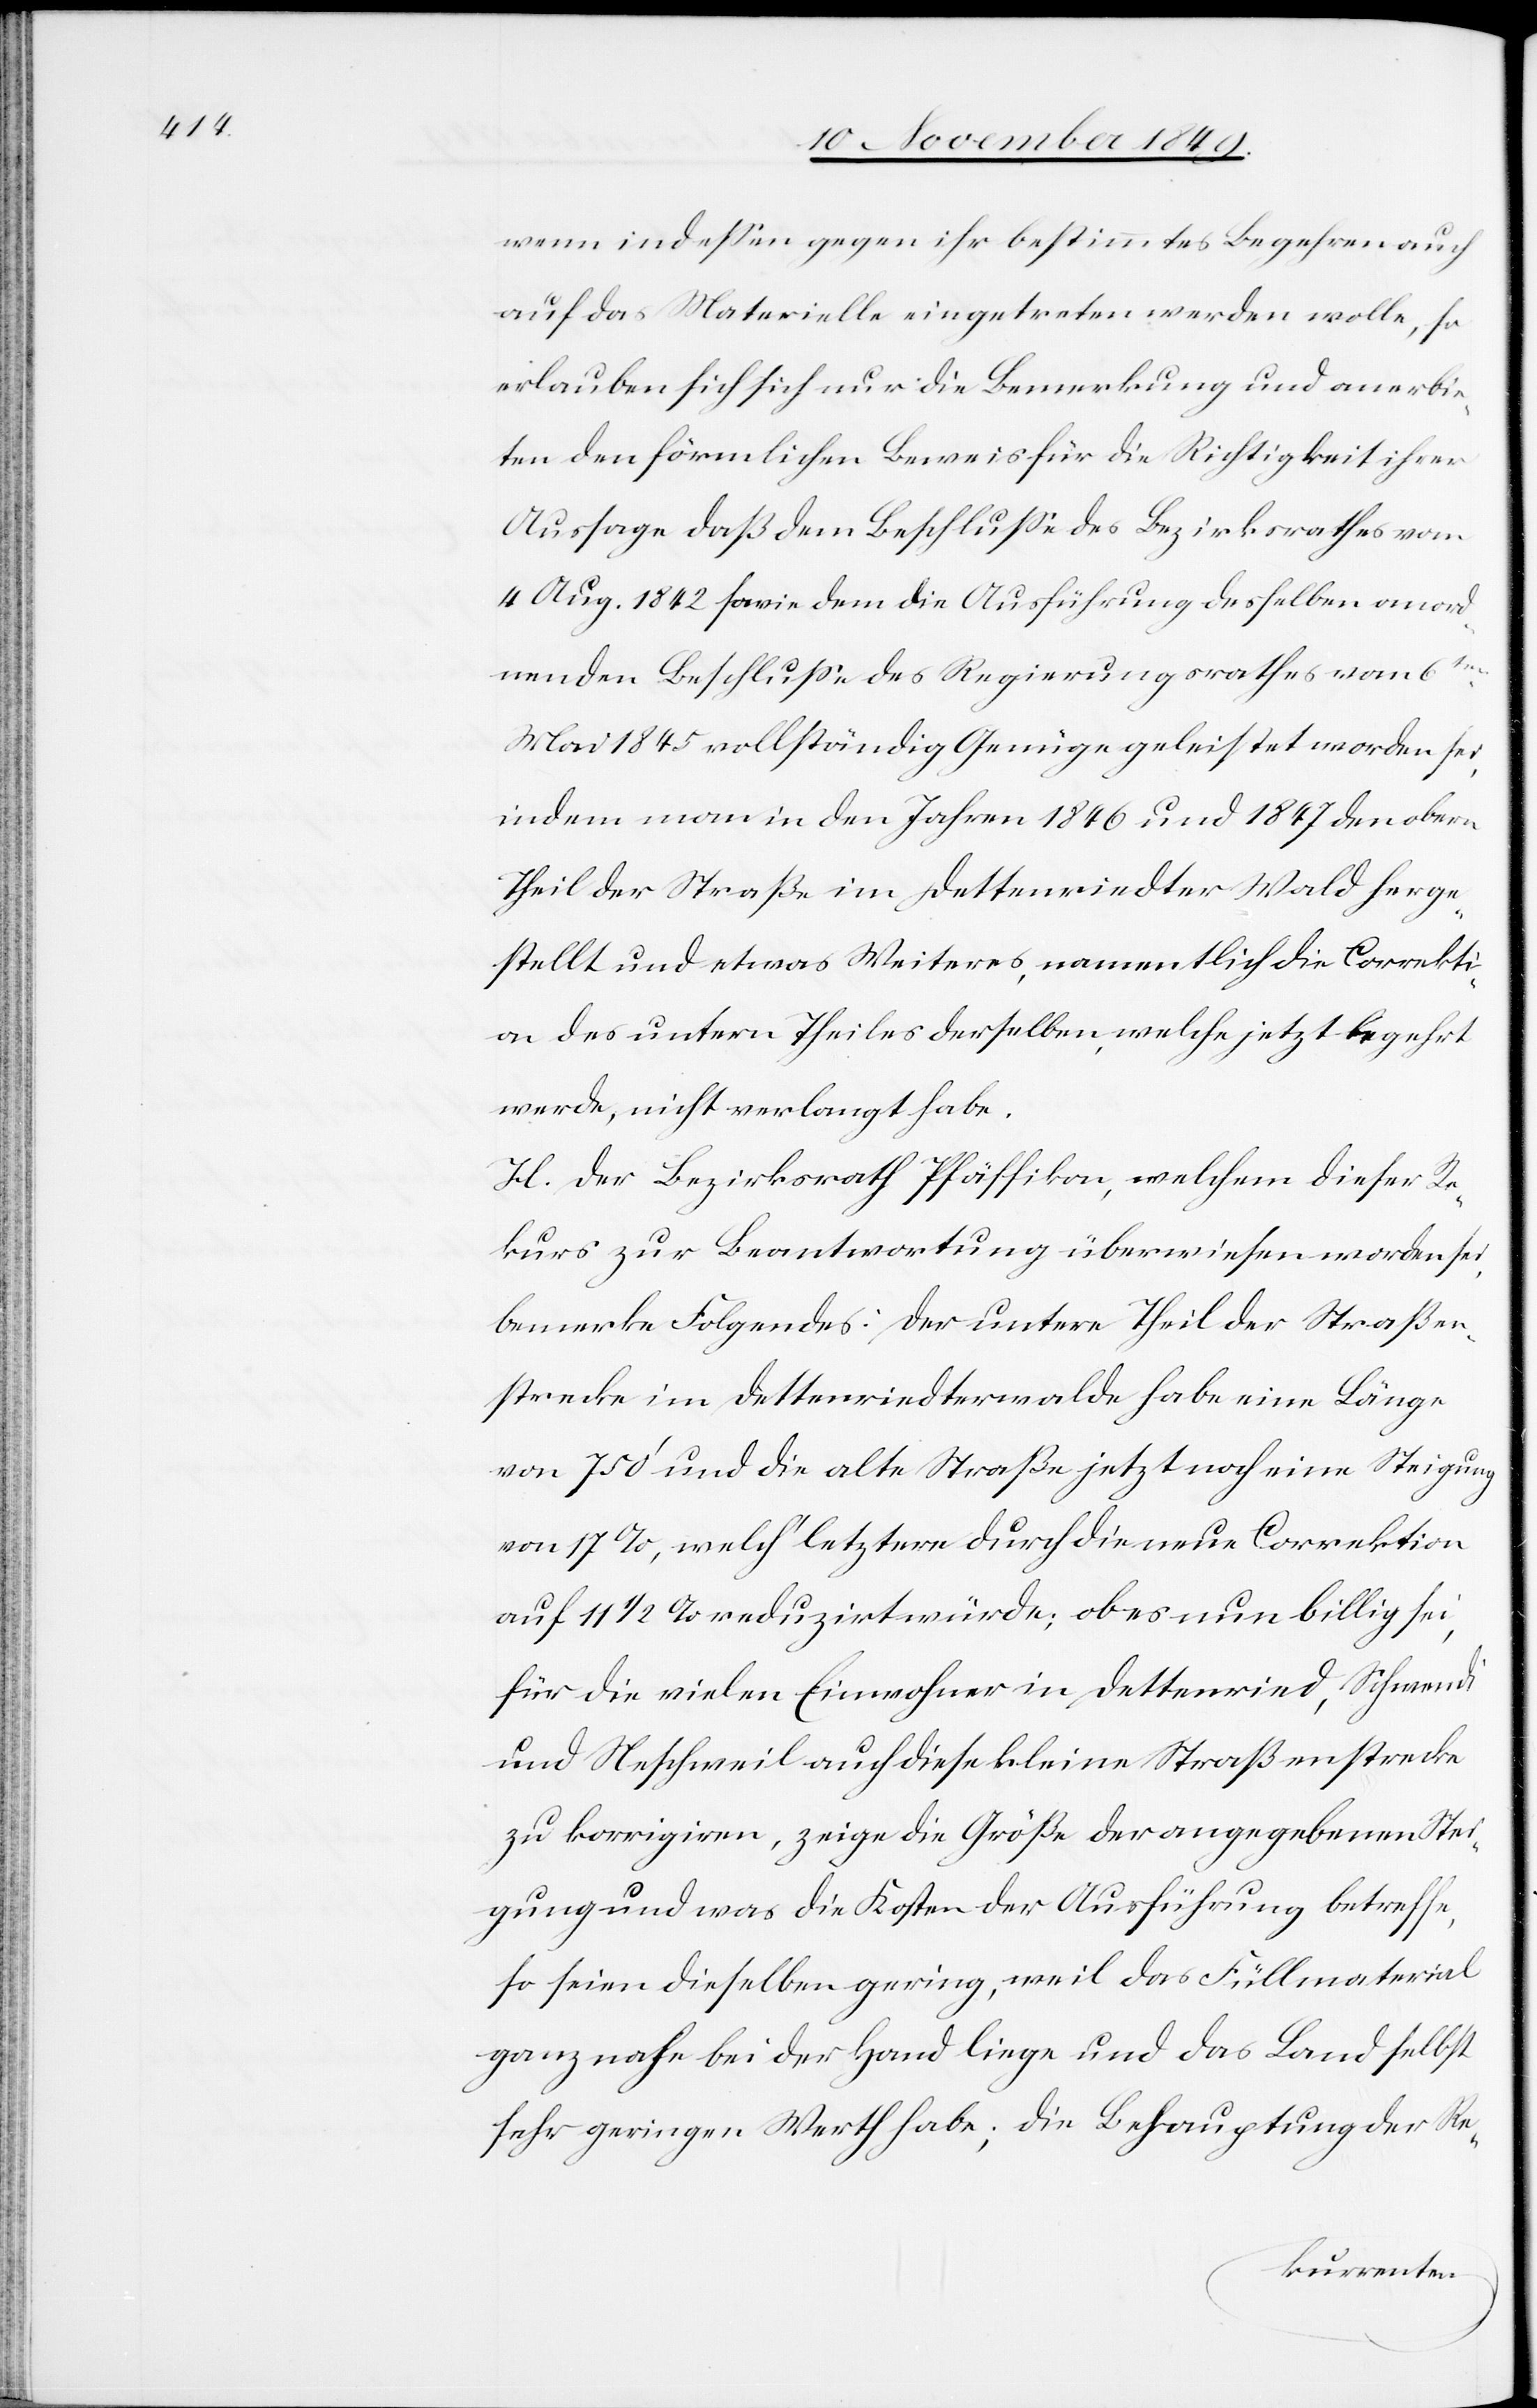
wenn indeßen gegen ihr bestimmtes Begehren auch
auf das Materielle eingetreten werden wolle, so
erlauben sich sich [sic!] nur die Bemerkung und anerbie¬
ten den förmlichen Beweis für die Richtigkeit ihrer
Aussage daß dem Beschluße des Bezirksrathes vom
4 Aug. 1842 sowie dem die Ausführung desselben anord¬
nenden Beschluße des Regierungsrathes vom 6ten
Mai 1845 vollständig Genüge geleistet worden sein,
indem man in den Jahren 1846 und 1847 den obern
Theil der Straße im Dettenriedter Wald herge¬
stellt und etwas weiteres, namentlich die Correkti¬
on des untern Theiles derselben, welche jetzt begehrt
werde, nicht verlangt habe.
H. Der Bezirksrath Pfäffikon welchem dieser Re¬
kurs zur Beantwortung überwiesen worden sei,
bemerke Folgendes: Der untere Theil der Straßen¬
strecke im Dettenriedterwalde habe eine Länge
von 750’ und die alte Straße jetzt noch eine Steigung
von 17%, welch’ letztere durch die neue Correktion
auf 11 1/2% reduzirt würde; ob es nun billig sei,
für die vielen Einwohner in Dettenried, Schwendi
und Neschweil auch diese kleine Straßenstrecke
zu korrigiren, zeige die Größe der angegebenen Stei¬
gung und was die Kosten der Ausführung betreffe,
so seien dieselben gering, weil das Füllmaterial
ganz nahe bei der Hand liege und das Land selbst
sehr geringen Werth habe; die Behauptung der Re-